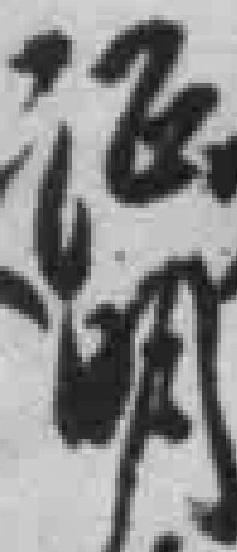
证明